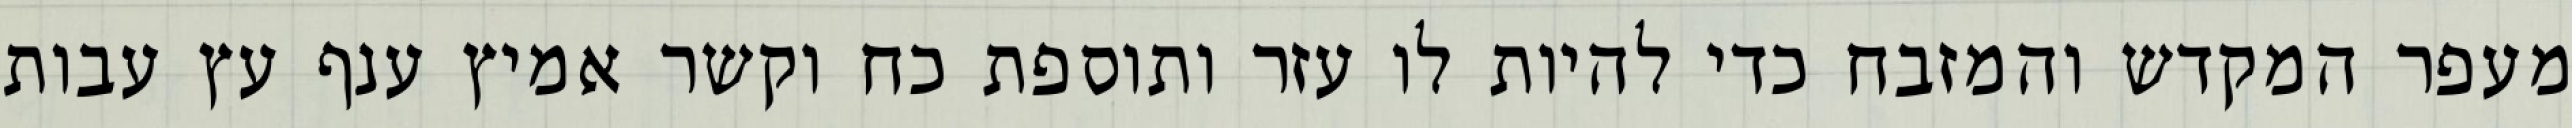
מעפר המקדש והמזבח כדי להיות לו עזר ותוספת כח וקשר אמיץ ענף עץ עבות